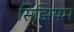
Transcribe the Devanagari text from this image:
सिझियम